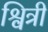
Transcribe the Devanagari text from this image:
श्वित्री